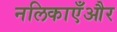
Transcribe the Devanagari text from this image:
नलिकाएँऔर